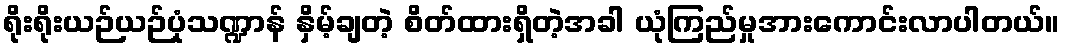
ရိုးရိုးယဉ်ယဉ်ပုံသဏ္ဍာန် နှိမ့်ချတဲ့ စိတ်ထားရှိတဲ့အခါ ယုံကြည်မှုအားကောင်းလာပါတယ်။